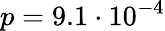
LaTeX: p=9.1\cdot 10^{-4}